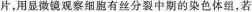
片，用显微镜观察细胞有丝分裂中期的染色体组，若